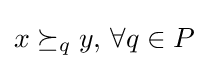
x\succeq _{q}y,\,\forall q\in P